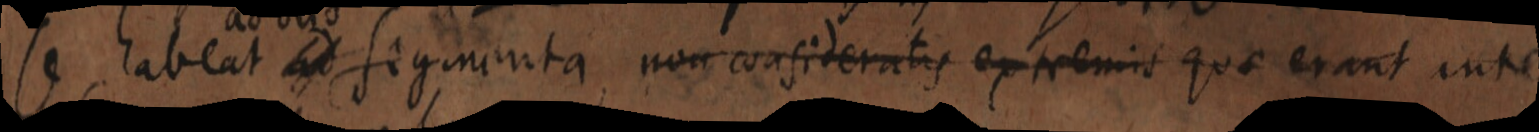
se habeat ad segmenta non consideratis extremis quae erant inte